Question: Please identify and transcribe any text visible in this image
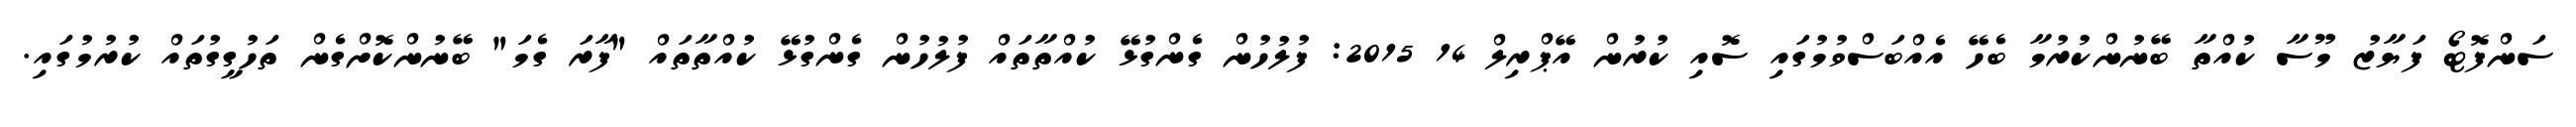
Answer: ސަންފޮޓޯ ފަޔާޒު މޫސާ ކުއްތާ ބޭނުންކުރުމާ ބެހޭ އެއްބަސްވުމުގައި ސޮއި ކުރުން އޭޕްރިލް 14 2015: ފުލުހުން ގެންގުޅޭ ކުއްތާތައް ފުލުހުން ގެންގުޅޭ ކުއްތާތައް "ފާރަ ގެމަ" ބޭނުންކޮށްގެން ތަހުގީގުތައް ކުރުމުގައި.